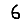
Digit: 6